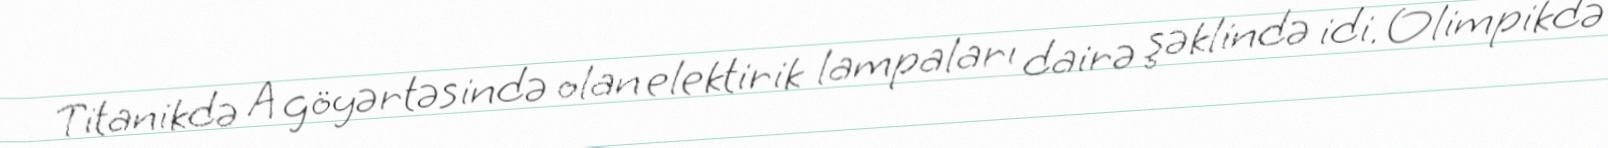
Titanikdə A göyərtəsində olan elektirik lampaları dairə şəklində idi. Olimpikdə